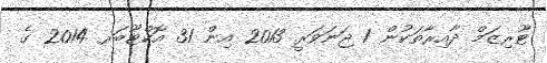
ޓޫރިޒަމް ދާއިރާތަކުން 1 ޖަނަވަރީ 2013 އިން 31 އޮކްޓޫބަރ 2014 ގެ